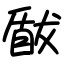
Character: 瞂